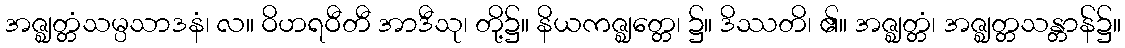
အဇ္ဈတ္တံသမ္ပသာဒနံ၊ လ။ ဝိဟရဝီတီ အာဒီသု၊ တို့၌။ နိယကဇ္ဈတ္တေ၊ ၌။ ဒိဿတိ၊ ၏။ အဇ္ဈတ္တံ၊ အဇ္ဈတ္တသန္တာန်၌။